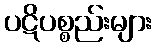
ပဋိပစ္စည်းများ